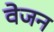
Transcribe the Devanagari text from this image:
वेजन